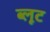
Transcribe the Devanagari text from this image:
ब्लूट